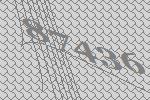
87436